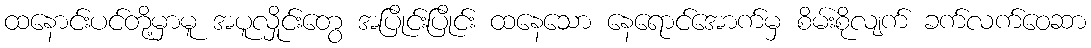
ထနောင်းပင်တို့မှာမူ အပူလှိုင်းတွေ အပြိုင်းပြိုင်း ထနေသော နေရောင်အောက်မှ စိမ်းစိုလျက် ခက်လက်ဝေဆာ